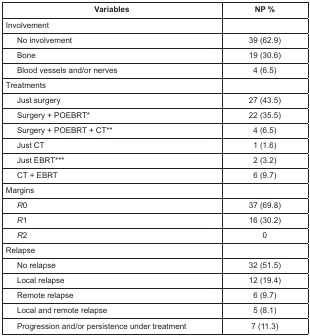
<table><thead><tr><td><b>Variables</b></td><td><b>NP %</b></td></tr></thead><tbody><tr><td>Involvement</td><td></td></tr><tr><td>No involvement</td><td>39 (62.9)</td></tr><tr><td>Bone</td><td>19 (30.6)</td></tr><tr><td>Blood vessels and/or nerves</td><td>4 (6.5)</td></tr><tr><td>Treatments</td><td></td></tr><tr><td>Just surgery</td><td>27 (43.5)</td></tr><tr><td>Surgery + POEBRT*</td><td>22 (35.5)</td></tr><tr><td>Surgery + POEBRT + CT**</td><td>4 (6.5)</td></tr><tr><td>Just CT</td><td>1 (1.6)</td></tr><tr><td>Just EBRT***</td><td>2 (3.2)</td></tr><tr><td>CT + EBRT</td><td>6 (9.7)</td></tr><tr><td>Margins</td><td></td></tr><tr><td><i>R</i>0</td><td>37 (69.8)</td></tr><tr><td><i>R</i>1</td><td>16 (30.2)</td></tr><tr><td><i>R</i>2</td><td>0</td></tr><tr><td>Relapse</td><td></td></tr><tr><td>No relapse</td><td>32 (51.5)</td></tr><tr><td>Local relapse</td><td>12 (19.4)</td></tr><tr><td>Remote relapse</td><td>6 (9.7)</td></tr><tr><td>Local and remote relapse</td><td>5 (8.1)</td></tr><tr><td>Progression and/or persistence under treatment</td><td>7 (11.3)</td></tr></tbody></table>